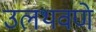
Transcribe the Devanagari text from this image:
उलथवणे